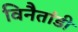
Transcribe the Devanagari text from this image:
विनैतांडी